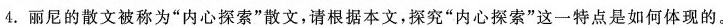
4.丽尼的散文被称为”内心探索”散文，请根据本文，探究”内心探索”这一特点是如何体现的。